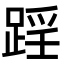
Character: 𨂘